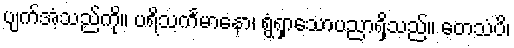
ပျက်အံ့သည်ကို။ ပရိသင်္ကမာနော၊ ရွံရှာသောပညာရှိသည်။ တေသံပိ၊